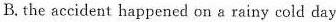
B.the accident happened on a rainy cold day